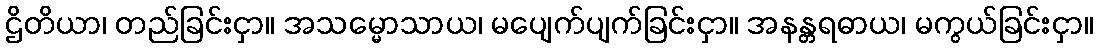
ဌိတိယာ၊ တည်ခြင်းငှာ။ အသမ္မောသာယ၊ မပျေက်ပျက်ခြင်းငှာ။ အနန္တရဓာယ၊ မကွယ်ခြင်းငှာ။